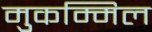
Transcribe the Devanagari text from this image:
मुकम्मिल